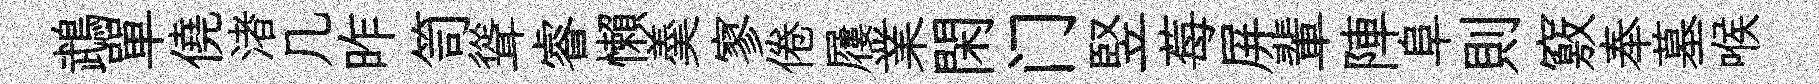
鵡單僥渚几昨笥聳睿懶羮寥倦屨業閑门竪莓屏輩陣阜則竅奉墓喉